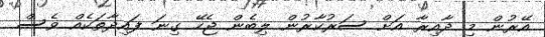
އޭރުން މި ދާއިރާ އަށް ސަރުކާރުން ލިބެން ޖެހޭ ގިނަ ފައިދާތަކެއް ވެސް